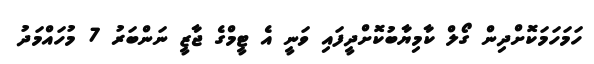
ހަމަހަމަކޮށްދިން ގޯލް ކާމިޔާބުކޮށްދީފައި ވަނީ އެ ޓީމްގެ ޖާޒީ ނަންބަރު 7 މުހައްމަދު